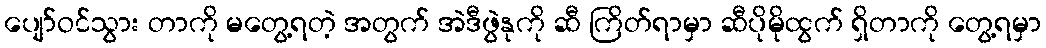
ပျော်ဝင်သွား တာကို မတွေ့ရတဲ့ အတွက် အဲဒီဖွဲနုကို ဆီ ကြိတ်ရာမှာ ဆီပိုမိုထွက် ရှိတာကို တွေ့ရမှာ